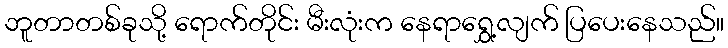
ဘူတာတစ်ခုသို့ ရောက်တိုင်း မီးလုံးက နေရာရွှေ့လျက် ပြပေးနေသည်။